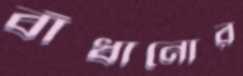
বাঁধানোর